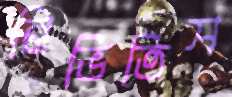
নিভিতিস